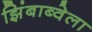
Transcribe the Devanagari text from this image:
झिंबाब्वेला